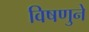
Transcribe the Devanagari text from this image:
विषणुने